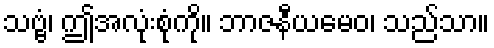
သဗ္ဗံ၊ ဤအလုံးစုံကို။ ဘာဇနီယမေဝ၊ သည်သာ။